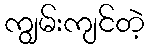
ကျွမ်းကျင်တဲ့